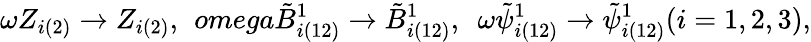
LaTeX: \omega Z_{i(2)}\rightarrow Z_{i(2)},\ \, omega\tilde{B}_{i(12)}^{1}\rightarrow\tilde{B}_{i(12)}^{1},\ \ \omega\tilde{\psi}_{i(12)}^{1}\rightarrow\tilde{\psi}_{i(12)}^{1}(i=1,2,3),